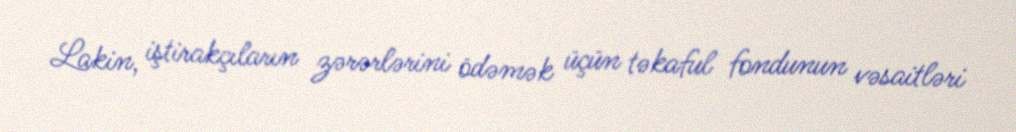
Lakin, iştirakçıların zərərlərini ödəmək üçün təkaful fondunun vəsaitləri